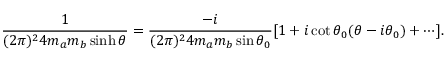
\frac { 1 } { ( 2 \pi ) ^ { 2 } 4 m _ { a } m _ { b } \sinh \theta } \nonumber = \frac { - i } { ( 2 \pi ) ^ { 2 } 4 m _ { a } m _ { b } \sin \theta _ { 0 } } [ 1 + i \cot \theta _ { 0 } ( \theta - i \theta _ { 0 } ) + \cdots ] .